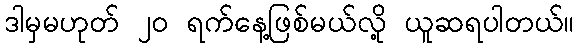
ဒါမှမဟုတ် ၂၀ ရက်နေ့ဖြစ်မယ်လို့ ယူဆရပါတယ်။